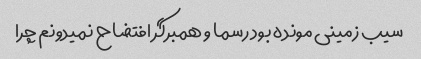
سیب زمینی مونده بود رسما و همبرگر افتضاح نمیدونم چرا